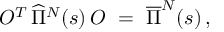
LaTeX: O ^ { T } \, \widehat { \Pi } ^ { N } ( s ) \, O \ = \ \overline { { { \Pi } } } ^ { N } ( s ) \, ,